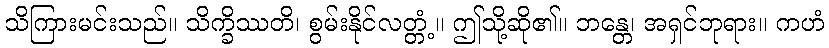
သိကြားမင်းသည်။ သိက္ခိဿတိ၊ စွမ်းနိုင်လတ္တံ့။ ဤသို့ဆို၏။ ဘန္တေ၊ အရှင်ဘုရား။ ကဟံ